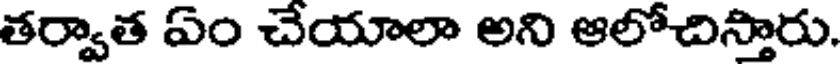
తర్వాత ఏం చేయాలా అని ఆలోచిస్తారు.